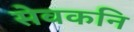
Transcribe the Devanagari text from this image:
सेवकनि